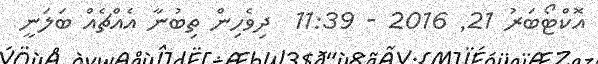
އޮކްޓޯބަރު 21